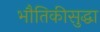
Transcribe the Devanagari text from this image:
भौतिकीसुद्धा